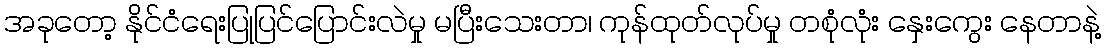
အခုတော့ နိုင်ငံရေးပြုပြင်ပြောင်းလဲမှု မပြီးသေးတာ၊ ကုန်ထုတ်လုပ်မှု တစုံလုံး နှေးကွေး နေတာနဲ့